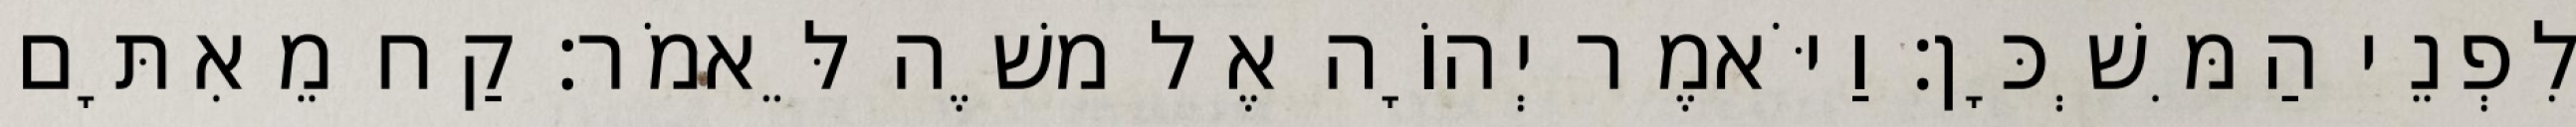
לִפְנֵי הַמִּשְׁכָּן׃ וַיֹּאמֶר יְהוָֹה אֶל משֶׁה לֵּאמֹר׃ קַח מֵאִתָּם